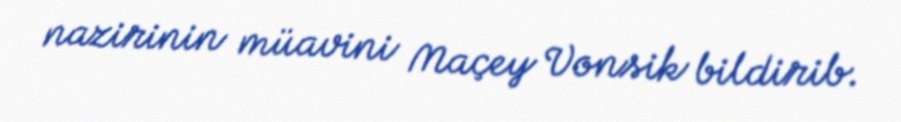
nazirinin müavini Maçey Vonsik bildirib.